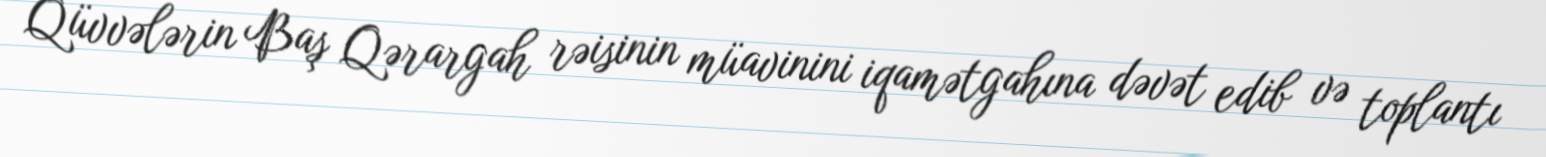
Qüvvələrin Baş Qərargah rəisinin müavinini iqamətgahına dəvət edib və toplantı